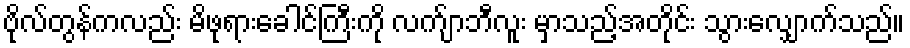
ဗိုလ်တွန်ကလည်း မိဖုရားခေါင်ကြီးကို လက်ျာဘီလူး မှာသည့်အတိုင်း သွားလျှောက်သည်။